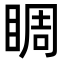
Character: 睭